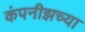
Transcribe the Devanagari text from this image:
कंपनीझच्या